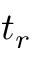
t _ { r }